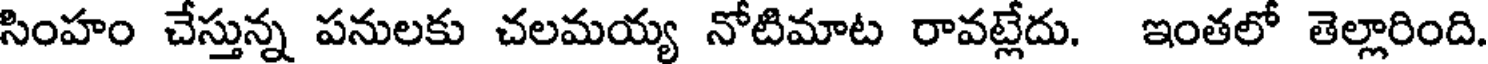
సింహం చేస్తున్న పనులకు చలమయ్య నోటిమాట రావట్లేదు. ఇంతలో తెల్లారింది